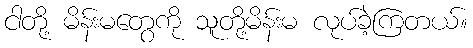
ငါတို့ မိန်းမတွေကို သူတို့မိန်းမ လုပ်ခဲ့ကြတယ်။